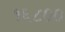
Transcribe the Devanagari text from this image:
१६८००